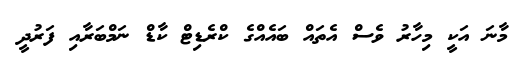
މާނަ އަކީ މިހާރު ވެސް އެތައް ބައެއްގެ ކްރެޑިޓް ކާޑް ނަމްބަރާއި ފަރުދީ